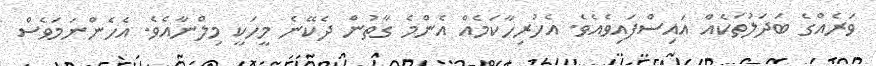
ވަރެއްގެ ބަދަލުތަކެއް އައިސްފައިވެއެވެ. އެހުރިހާކަމެއް އެންމެ ގާތުން ދެކޭނެ މީހަކީ މިލްނާއެވެ. އެހެންނަމަވެސް